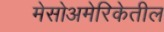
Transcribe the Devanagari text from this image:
मेसोअमेरिकेतील